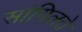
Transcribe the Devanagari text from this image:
सांगिलते